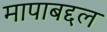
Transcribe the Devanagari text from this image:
मापाबद्दल